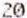
20